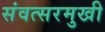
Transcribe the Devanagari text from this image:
संवत्सरमुखी